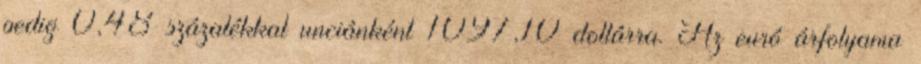
pedig 0,48 százalékkal unciánként 1097,10 dollárra. Az euró árfolyama